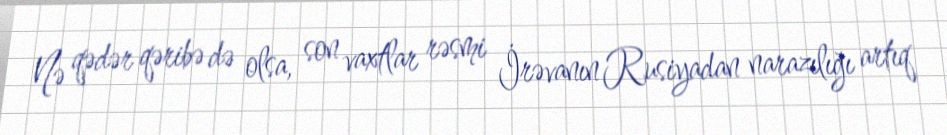
Nə qədər qəribə də olsa, son vaxtlar rəsmi İrəvanın Rusiyadan narazılığı artıq